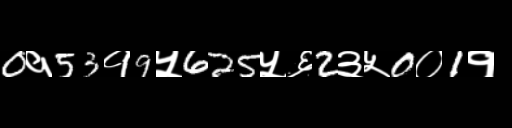
Text: 0१53१9५625५६2३५0०1१